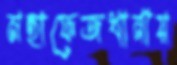
মহাফেজখানায়